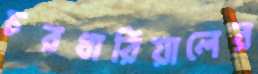
চরধারিয়ালের